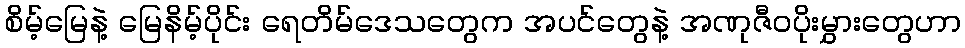
စိမ့်မြေနဲ့ မြေနိမ့်ပိုင်း ရေတိမ်ဒေသတွေက အပင်တွေနဲ့ အဏုဇီဝပိုးမွှားတွေဟာ